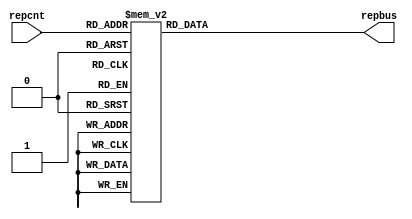
`timescale 1ns/1ns
module lookup(input [2:0]repcnt , output reg [15:0] repbus);
  always@(repcnt) begin
    repbus<= 16'b 0;
    case(repcnt)
      3'b 000:  repbus<=16'b 0000000010000000;
      3'b 001:  repbus<=16'b 0000000000010101;
      3'b 010:  repbus<=16'b 0000000000001000;
      3'b 011:  repbus<=16'b 0000000000000100;
      3'b 100:  repbus<=16'b 0000000000000010;
      3'b 101:  repbus<=16'b 0000000000000001;
      3'b 110:  repbus<=16'b 0000000000000001;
      3'b 111:  repbus<=16'b 0000000000000001;
      default repbus<= 16'b0;
      endcase
    end
  endmodule